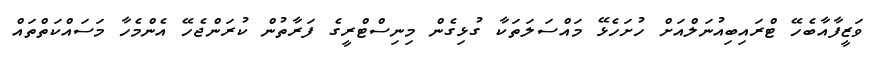
ވަޒީފާއާބެހޭ ޓްރައިބިއުނަލްއަށް ހުށަހެޅޭ މައްސަލަތަކާ ގުޅިގެން މިނިސްޓްރީގެ ފަރާތުން ކުރަންޖެހޭ އެންމެހާ މަސައްކަތްތައް